Report of the Bombay Plague Committee
Disease focus: Plague
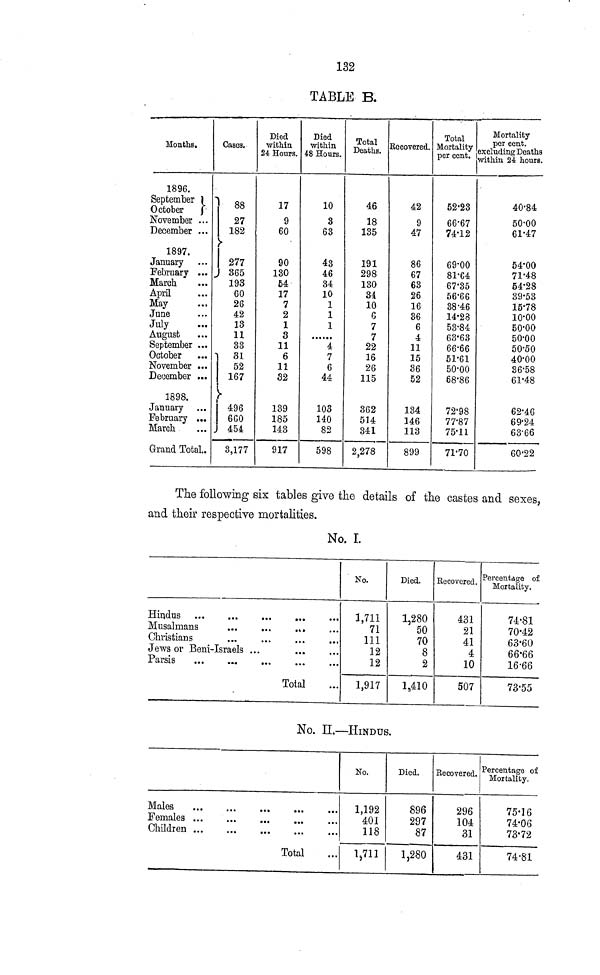
132
TABLE B.
Months.
1896.
September October
November ...
December ...
1897 Aw tS 4 •
January
February
March
April *-*.f^m,
May
June
Julv fj U.AJ
August
September ..
October
November ..
December ..
1898.
January
February ...
March .
Grand Total..
Cases.
27
182
277
365
193
60
26
42
13
11
33
81
52
167
496
660
454
3,177
Died
within
24 Hours.
17
9
60
90
130
54
17
7
2
1
3
11
6
11
32
139
185
143
917
Died
within
48 Hours.
10
3
63
43
46
34
10
1
1
1
4
7
6
44
103
140
82
598
Deaths.
46
18
135
191
298
130
34
10
C
7
7
22
16
26
115
362
514
341
2,278
Recovered.
42
9
47
86
67
63
26
16
36
6
4
11
15
36
52
134
146
113
899
Total
Mortality
per cent.
52.23
66.67
74.12
69.00
81.64
67.35
56.66
38.46
14.28
53.84
63.63
66.66
51.61
50.00
68.86
72'98
77.87
75.11
71.70
Mortality
per cent,
excluding Deaths
within 24 hours.
40.84
50.00
61.47
54.00
71.48
54.28
39.53
15.78
10.00
50.00
50.00
50.50
40.00
36.58
61.48
62.46
69.24
63.66
60.22
The following six tables give the details of the castes and sexes,
and their respective mortalities.
No. I.
Christians
Jews or Beni-Israels ...
Parsis
Total
No.
1,711
71
111
12
12
1,917
Died.
1.280
50
70
8
2
1,410
Eecovcred.
431
21
41
4
10
507
Percentage of
Mortality.
74-81
70*42
63'60
66'66
16-66
73-55
No. II.—HINDUS.
Males
Children ...
...
Total
No.
1,192
401
118
1,711
Died.
896
297
87
1,280
Recovered.
296
104
31
431
Percentage of
Mortality.
75'16
74-06
73.72
74-81